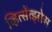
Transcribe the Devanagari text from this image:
व्हित्सेंत्झोस